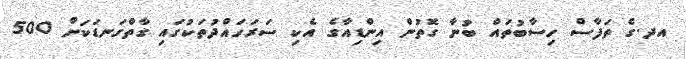
އދ.ގެ ތަފާސް ހިސާބުތައް ބުނާ ގޮތުން އިންޑިއާގެ އެކި ސަރަހައްދުތަކުގައި ގާތްގަނޑަކަށްް 500